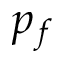
p _ { f }